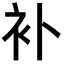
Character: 补